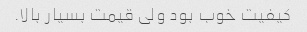
کیفیت خوب بود ولی قیمت بسیار بالا.